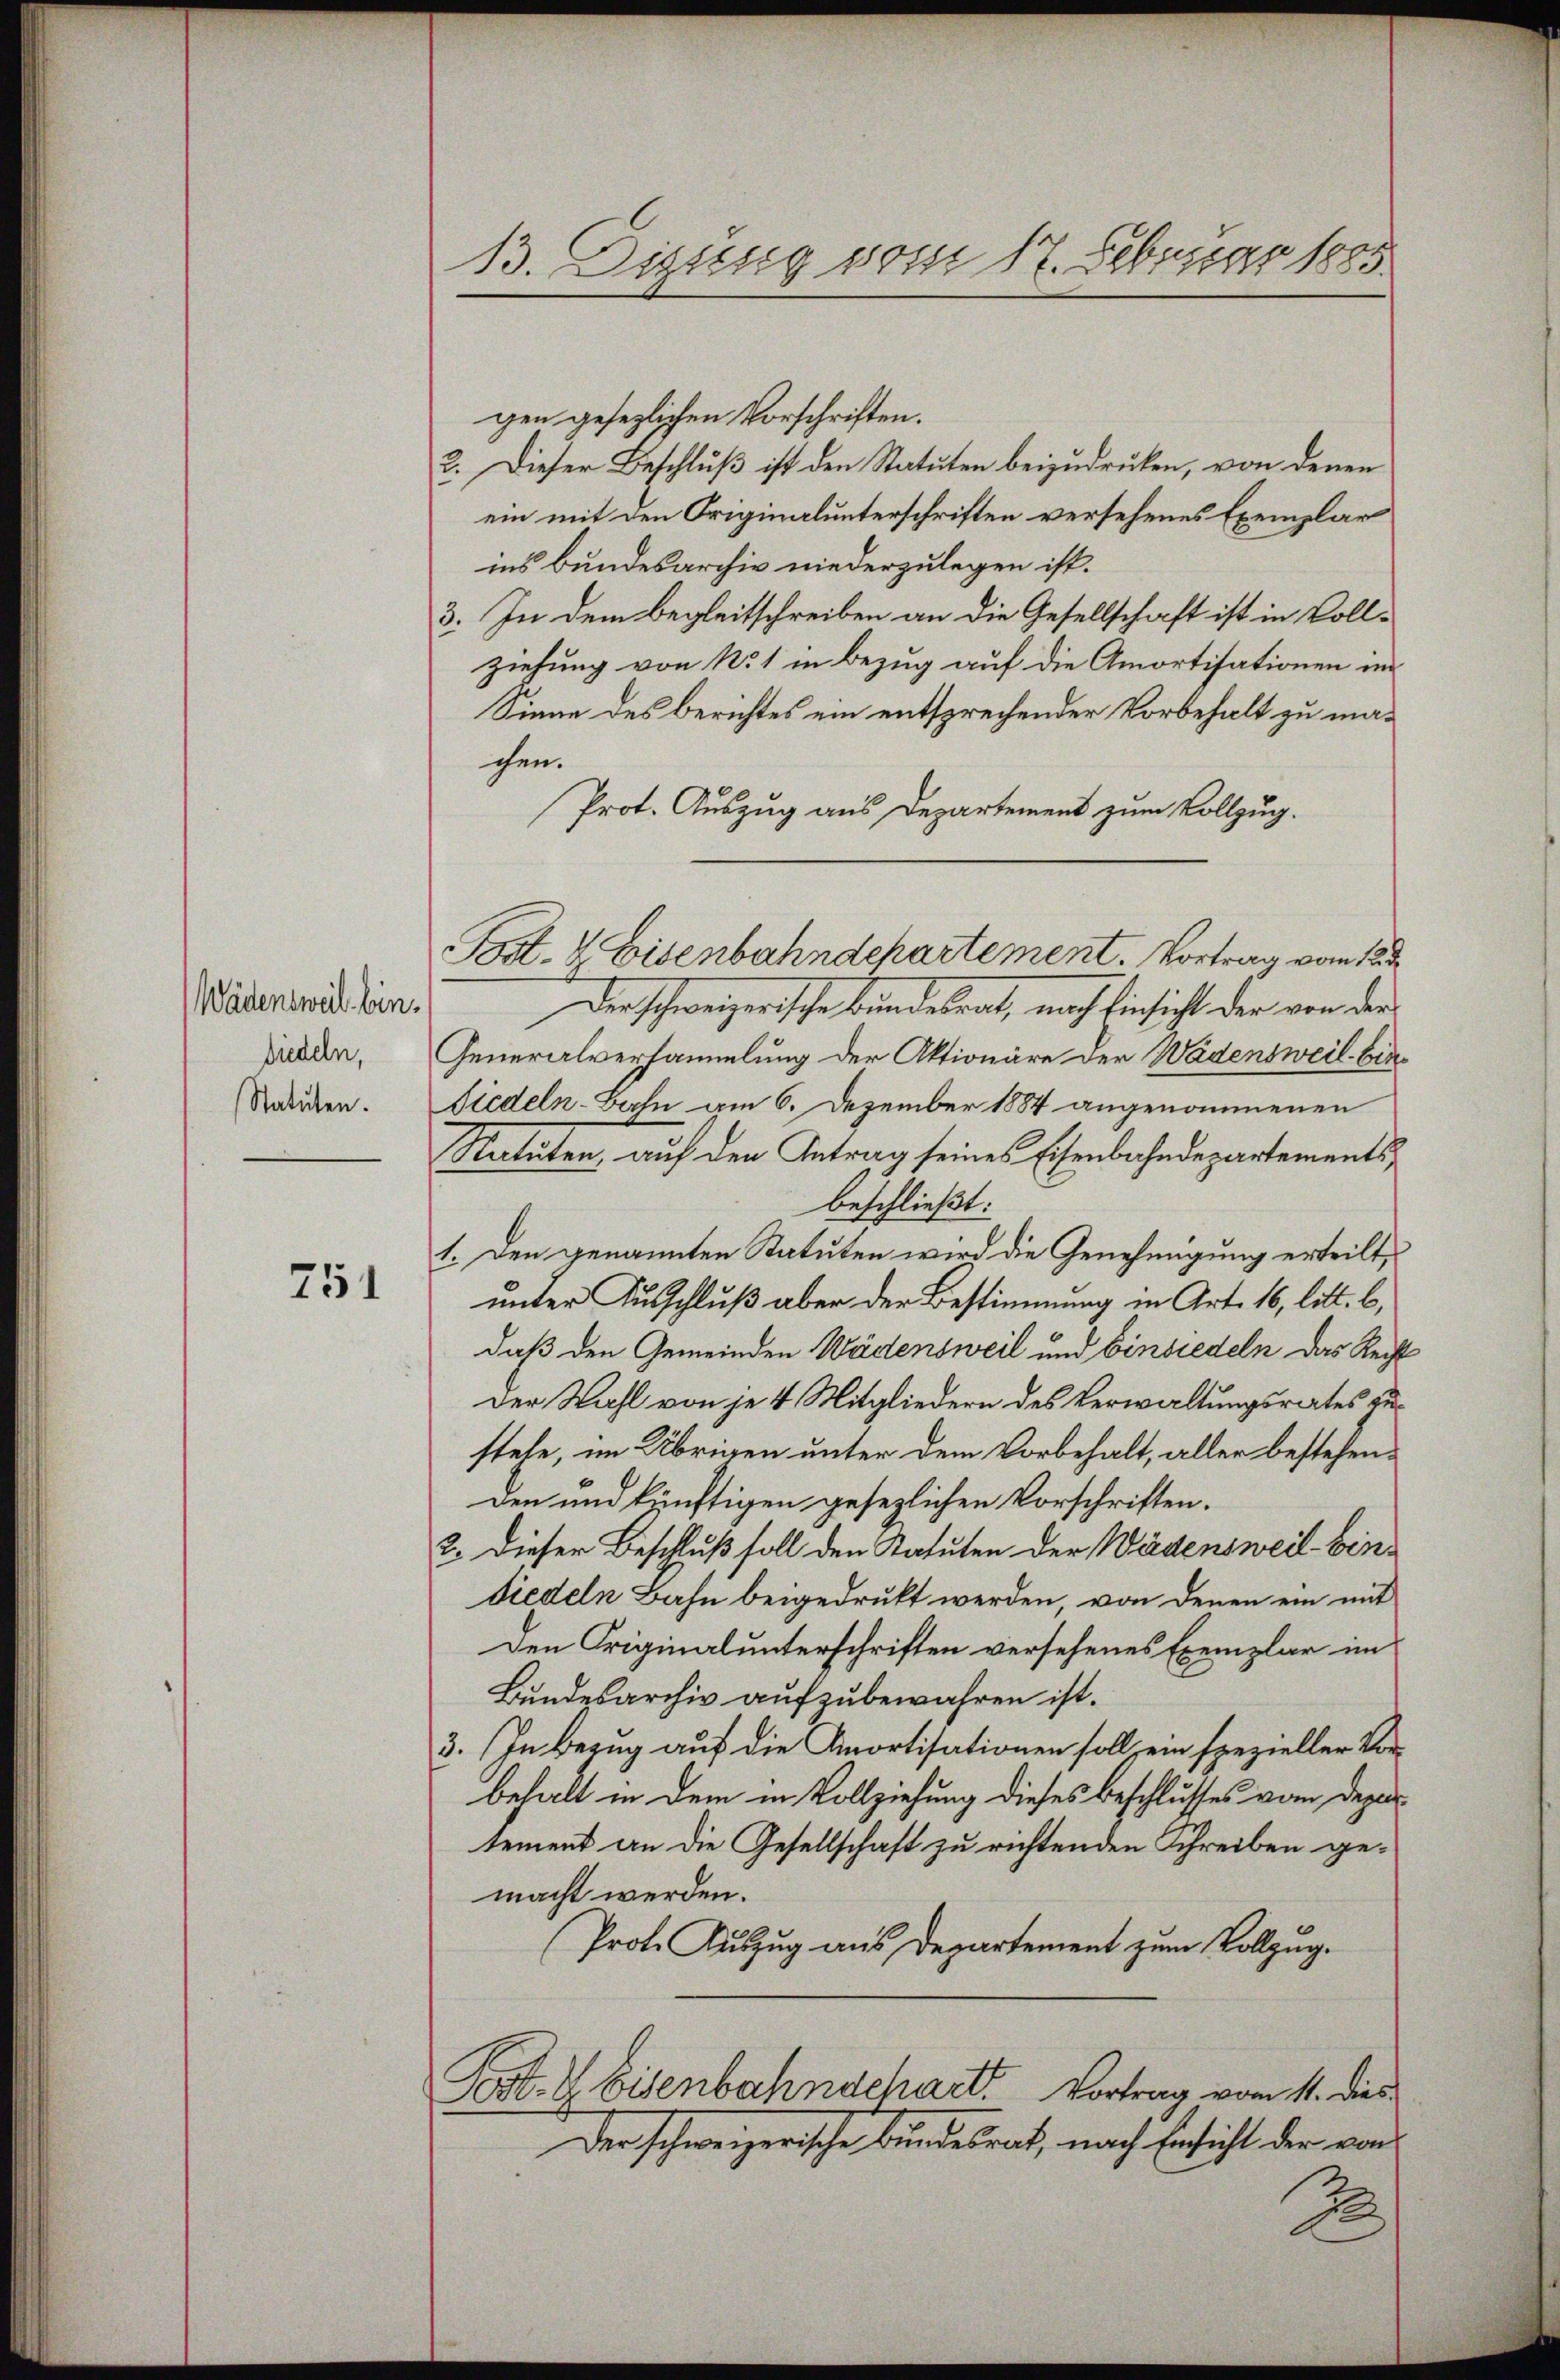
Wädensweil bin.
Siedeln,
Statuten.

751

13. Diszzug vom 17. Februar 1885.

gen gesezlichen Vorschriften.
2. Dieser Beschluß ist den Statuten beizudrucken, von denen
ein mit den Originalunterschriften versehenes Exemplar
ins Bundesarchiv niederzulegen ist.
3. In dem Begleitschreiben an die Gesellschaft ist in Voll-
ziehung von No 1 in Bezug auf die Amortisationen im
Sinne des Berichtes ein entsprechender Vorbehalt zu machen.
Prot. Auszug aus Departement zum Vollzug.
Der schweizerische bundesrat, nach Einsicht der von der
Generalversammlung der Aktionäre der Wädensweil. Ein¬
Siedeln-Bahn am 6. Dezember 1884 angenommenen
Natäten, auf den Antrag seines Eisenbahndepartementsbeschließt:
1. Den genannten Statuten wird die Genehmigung erteilt,
unter Ausschluß aber der Bestimmung in Art. 16, litt. b,
daß den Gemeinden Wädensweil und Einsiedeln das Recht
Der Wahl von je 4 Mitgliedern des Verwaltungsrates zustehe, im Übrigen unter dem Vorbehalt, aller bestehenden und künftigen gesezlichen Vorschriften.
2. Dieser Beschluß soll den Katuten der Wädensweil bindiedeln Bahn beigedruckt werden, von denen ein mit
Den Originalunterschriften versehenes Exemplar im
Bundesarchiv aufzubewahren ist.
3. In Bezug auf die Amortisationen soll, ein spezieller Vorbehalt in dem in Vollziehung dieses Beschlusses vom Departement an die Gesellschaft zu richtenden Schreiben gemacht werden.
Prot. Auszug aus Departement zum Vollzug.
Post. I Eisenbahnschart. Vortrag vom 11. dies
Der schweizerische Bundesrath, nach Einsicht der von
2

Post. 4 Eisenbahndepartement. Vortrag vom 12te